Vabadussoja_Ajaloo_Komitee, lk 9
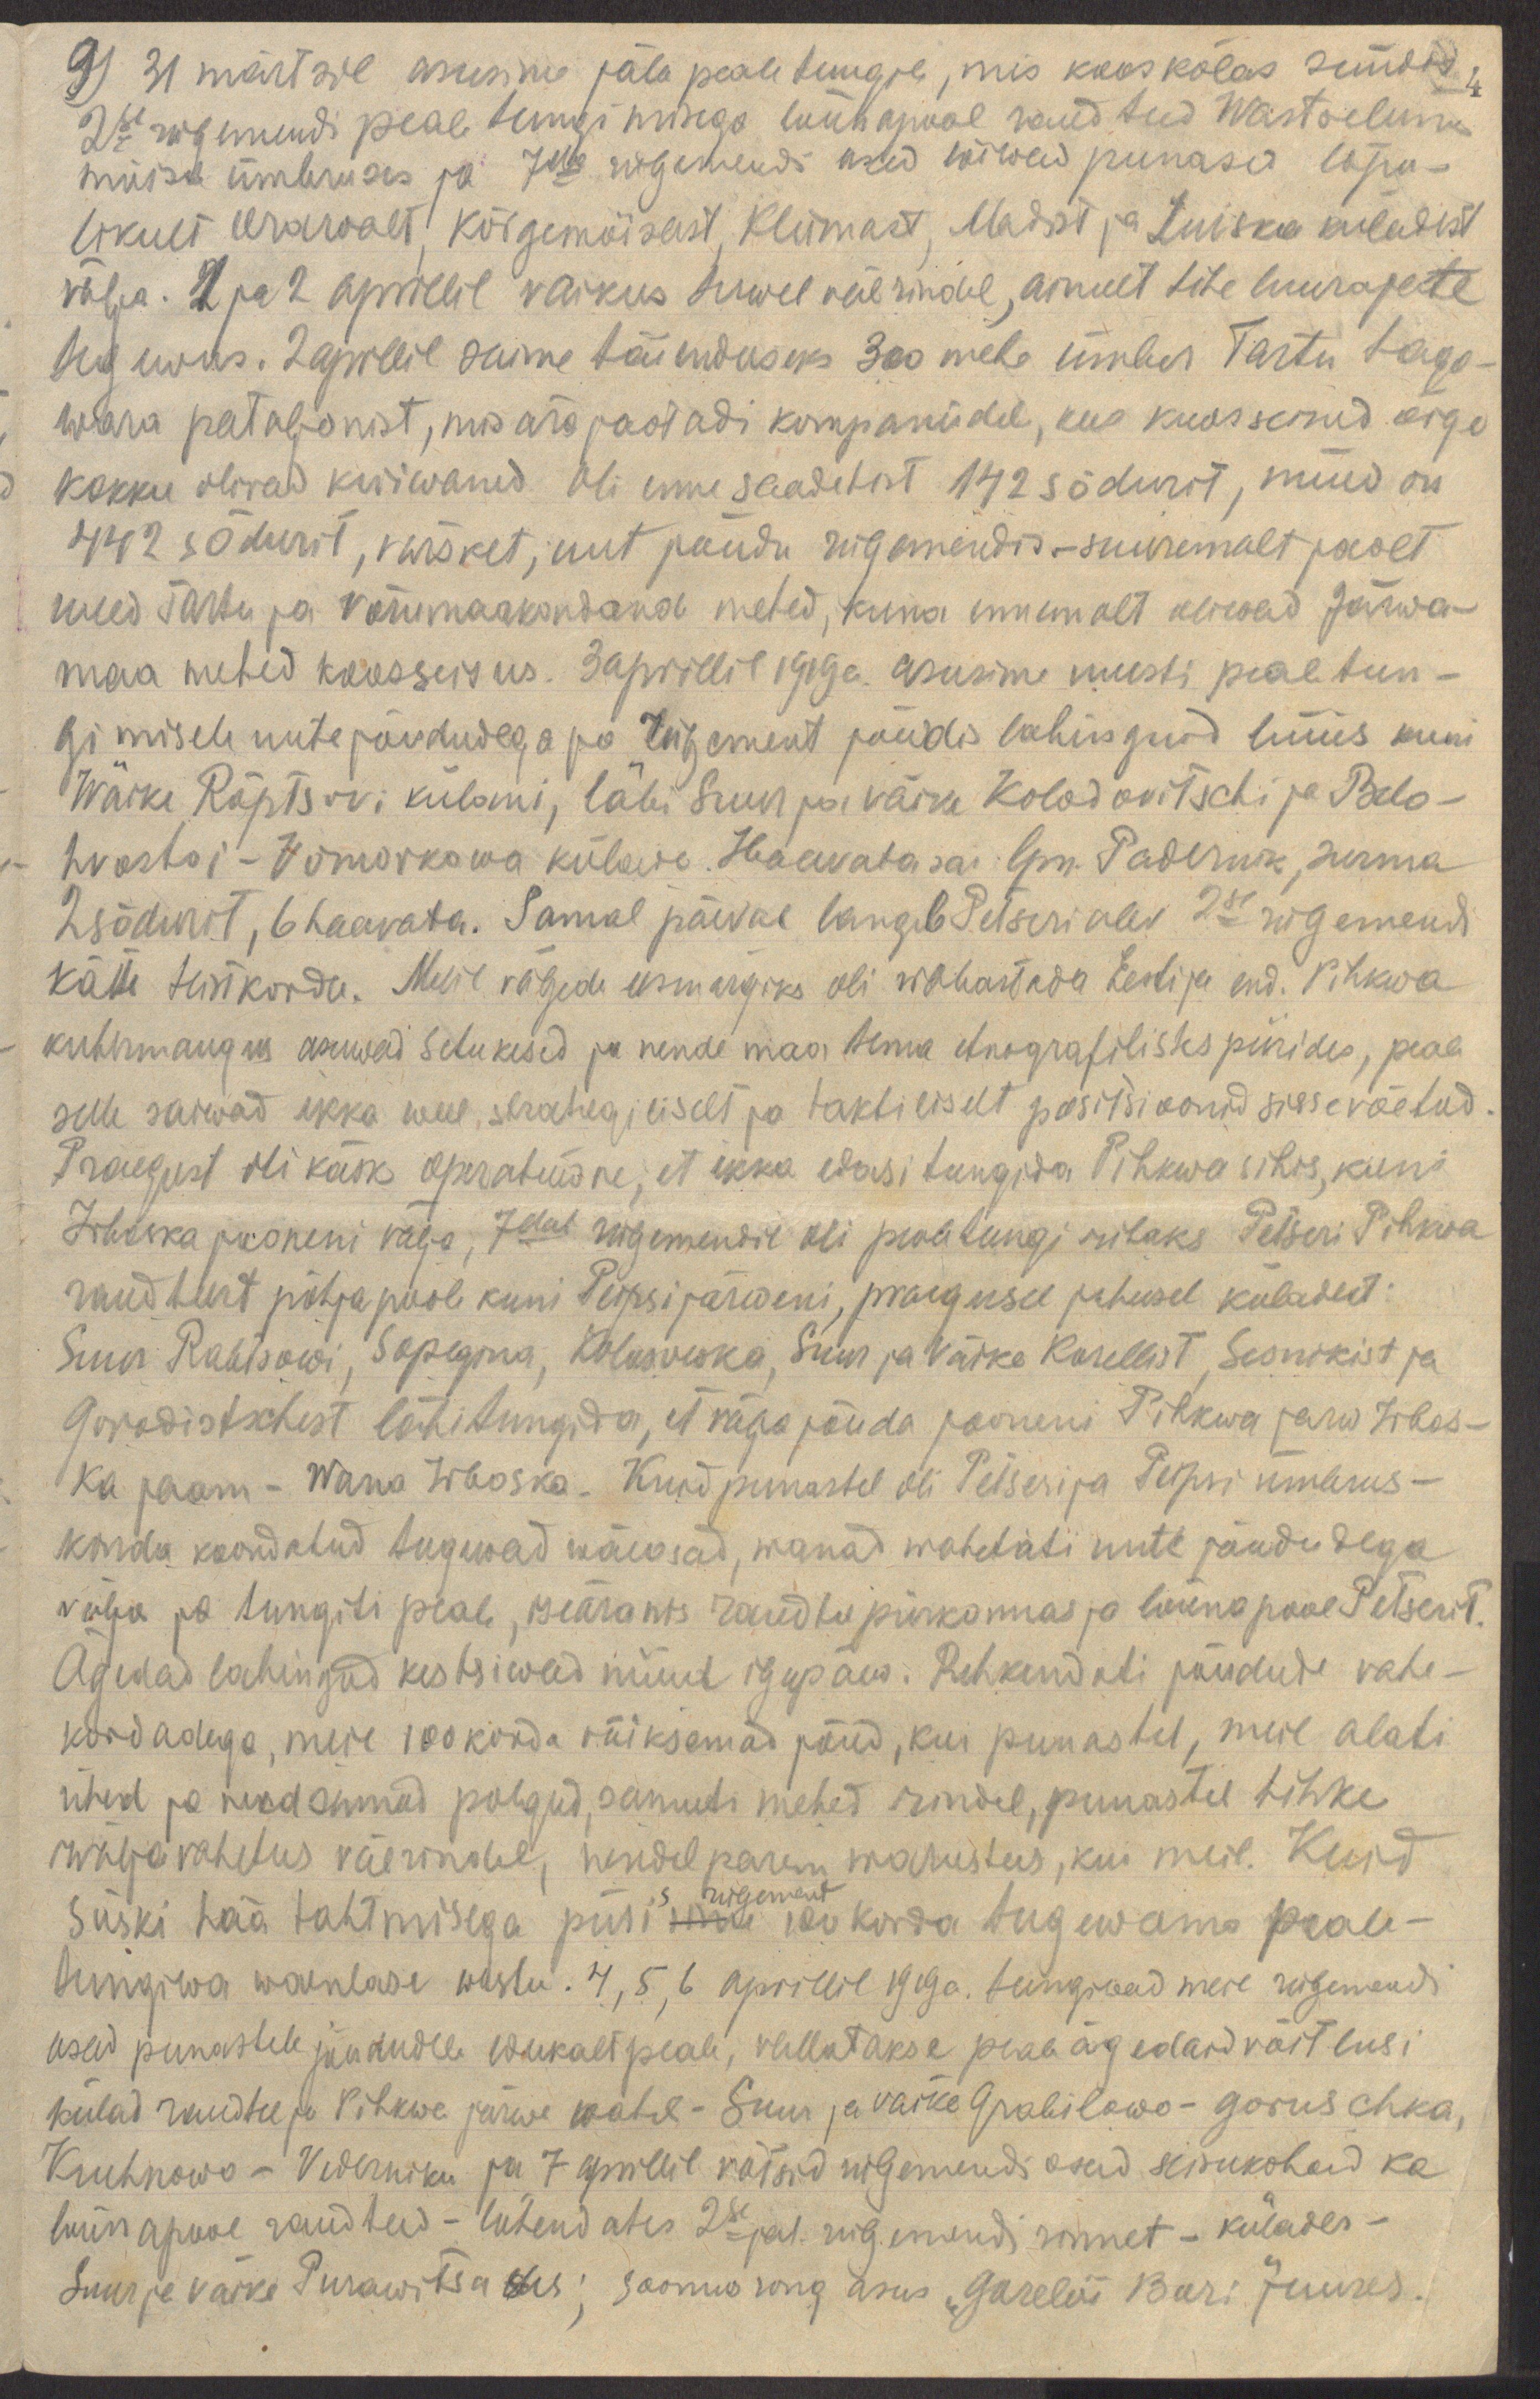
9) 31 märtsil asusime jala peale tungile, mis kooskõlas sündis
2se rügemendi peale tungimisega lõunapool raudteed Wastseliina
mõisa ümbruses ja 7da rügemendi osad lõiwad punased lõpu-
likult Orawalt, Kõrgemõisast, Kliimast, Madist ja Luiska küladest
välja. 1 ja 2 aprillil vaikus terwel väerindel, ainult tihe luurajate
tegewus. 2 aprillil saime täienduseks 300 mehe ümber Tartu taga-
wara pataljonist, mis ära jaotadi kompaniidele, kus koosseisud õige
kokku olivad kuiwanud oli enne saadetist 142 sõdurit, nüüd on
442 sõdurit, värsket, uut jõudu rügemendis - suuremalt poolt
uued Tartu ja Võrumaakondande mehed, kuna ennemalt oliwad Järwa-
maa mehed koosseisus. 3 aprillil 1919a. asusime uuesti pealetun-
gimisele uute jõududega ja rügement jõudis lahinguid lüües kuni
Wäike Räptsovi külani, läbi Suur ja väike Kolodovitschi ja Belo-
hvostoi-Võmorkowa külade. Haavata sai lpn. Padernik, surma
2 sõdurit, 6 haavata. Samal päeval langeb Petseri alev 2se rügemendi
kätte teistkorda. Meie vägede eesmärgiks oli wabastada Eesti ja end. Pihkwa
kubermangus asuwad setukesed ja nende maa tema etnografilistes piirides, peale
selle saiwad ikka weel strategiliselt ja taktiliselt positsioonid sissevõetud.
Praegust oli käsk operatiiwne, et ikka edasi tungida Pihkwa sihis, kuni
Irboska jooneni välja, 7dal rügemendil oli pealetungi ribaks Petseri Pihkwa
raudteest põhja poole kuni Peipsi järweni, praegusel juhusel küladest:
Suur Rabtsowi, Sopegina, Kolosowka, Suur ja Väike Korellist, Sesnikist ja
Gorodistschest läbitungida, et välja jõuda jooneni Pihkwa järw Irbos-
ka jaam - Wana Irboska. Kuid punastel oli Petseri ja Peipsi ümbrus-
konda koondatud tugewad wäeosad, wanad wahetati uute jõududega
välja ja tungiti peale, iseäranis raudtee piirkonnas ja lõunapool Petserit.
Ägedad lahingud kestsiwad nüüd igapäew. Rehkendati jõudude vahe-
kordadega, meie 100 korda väiksemad jõud, kui punastel, meil alati
ühed ja needsamad polgud, samuti mehed rindel, punastel tihke
wäljavahetus väerindel, nendel parem warustus, kui meil. Kuid
siiski hää tahtmisega püsisime 100 korda tugevama peale-
s rügement
tungiwa waenlase wastu. 4,5,6 aprillil 1919a. tungiwad meie rügemendi
osad punastele jõudude  edukalt peale, vallutakse peale ägedaid võitlusi
külad raudtee ja Pihkwa järwe wahel - Suur ja väike Grabilowo - Goruschka,
Kruhnowo - Vederniku ja 7 aprillil võtsid rügemendi osad seisukohad ka
lõunapool raudteed - lühendates 2s jal.rügemendi rinnet - külades -
Suur ja väike Purawitsa des; soomusrong asus "Gorelõi Bori" juures.